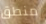
منطق